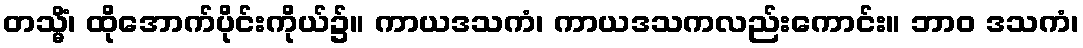
တသ္မိံ၊ ထိုအောက်ပိုင်းကိုယ်၌။ ကာယဒသကံ၊ ကာယဒသကလည်းကောင်း။ ဘာဝ ဒသကံ၊